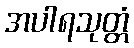
အပါရသုတ္တံ